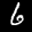
Label: 6